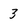
Character: 3